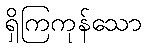
ရှိကြကုန်သော